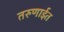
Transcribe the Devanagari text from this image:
तरुणाईत